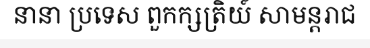
នានា ប្រទេស ពួកក្សត្រិយ៍ សាមន្តរាជ